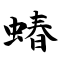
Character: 蝽